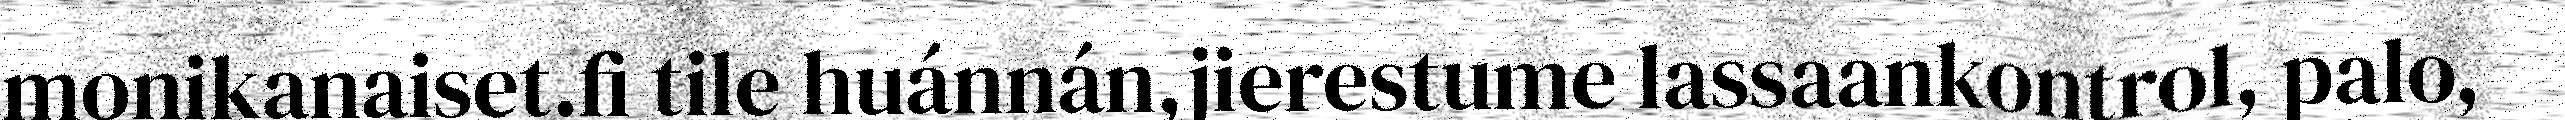
monikanaiset.fi tile huánnán,jierestume lassaankontrol, palo,